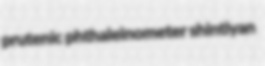
prutenic phthaleinometer shintiyan